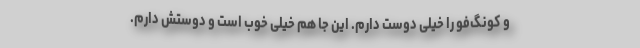
و کونگ‌فو را خیلی دوست دارم. این جا هم خیلی خوب است و دوستش دارم.